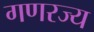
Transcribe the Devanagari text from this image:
गणरज्य